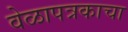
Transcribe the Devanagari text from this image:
वेळापत्रकाचा